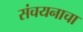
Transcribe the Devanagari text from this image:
संचयनाचा